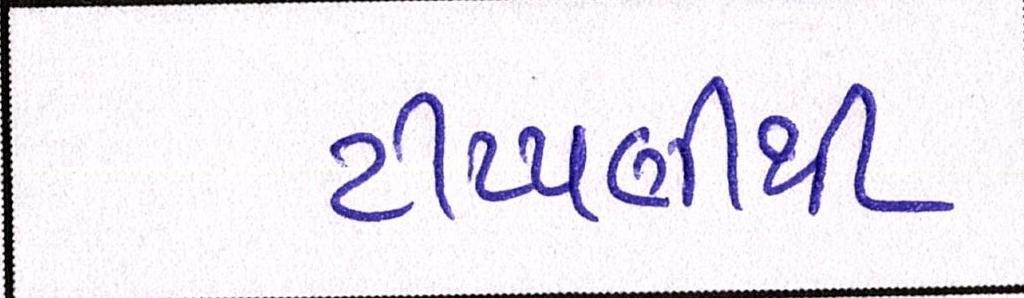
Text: ટીપ્પણીથી